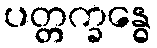
ပတ္တက္ခန္ဓေ